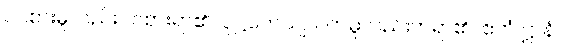
ဝင်စားမူလည်းဝင်စားရာ၏။ ဝုဋ္ဌဟေယျပိ၊ တမူလည်းတရာ၏။ ဧတံ ဋ္ဌာနံ၊